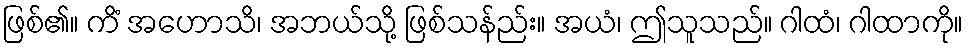
ဖြစ်၏။ ကိံ အဟောသိ၊ အဘယ်သို့ ဖြစ်သန်ည်း။ အယံ၊ ဤသူသည်။ ဂါထံ၊ ဂါထာကို။